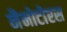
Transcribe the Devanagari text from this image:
नैनोटोरस